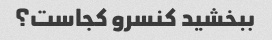
ببخشید کنسرو کجاست؟